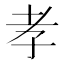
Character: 孝